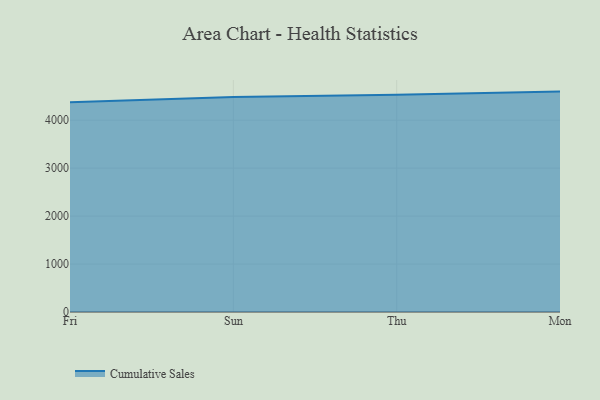
{"axis": {"x": "Day", "y": "Conversion Rate (%)"}, "legend": ["Cumulative Sales"], "data": [{"x": "Fri", "y": 4373.2, "type": "Cumulative Sales"}, {"x": "Sun", "y": 4484.8, "type": "Cumulative Sales"}, {"x": "Thu", "y": 4531.3, "type": "Cumulative Sales"}, {"x": "Mon", "y": 4596.5, "type": "Cumulative Sales"}]}